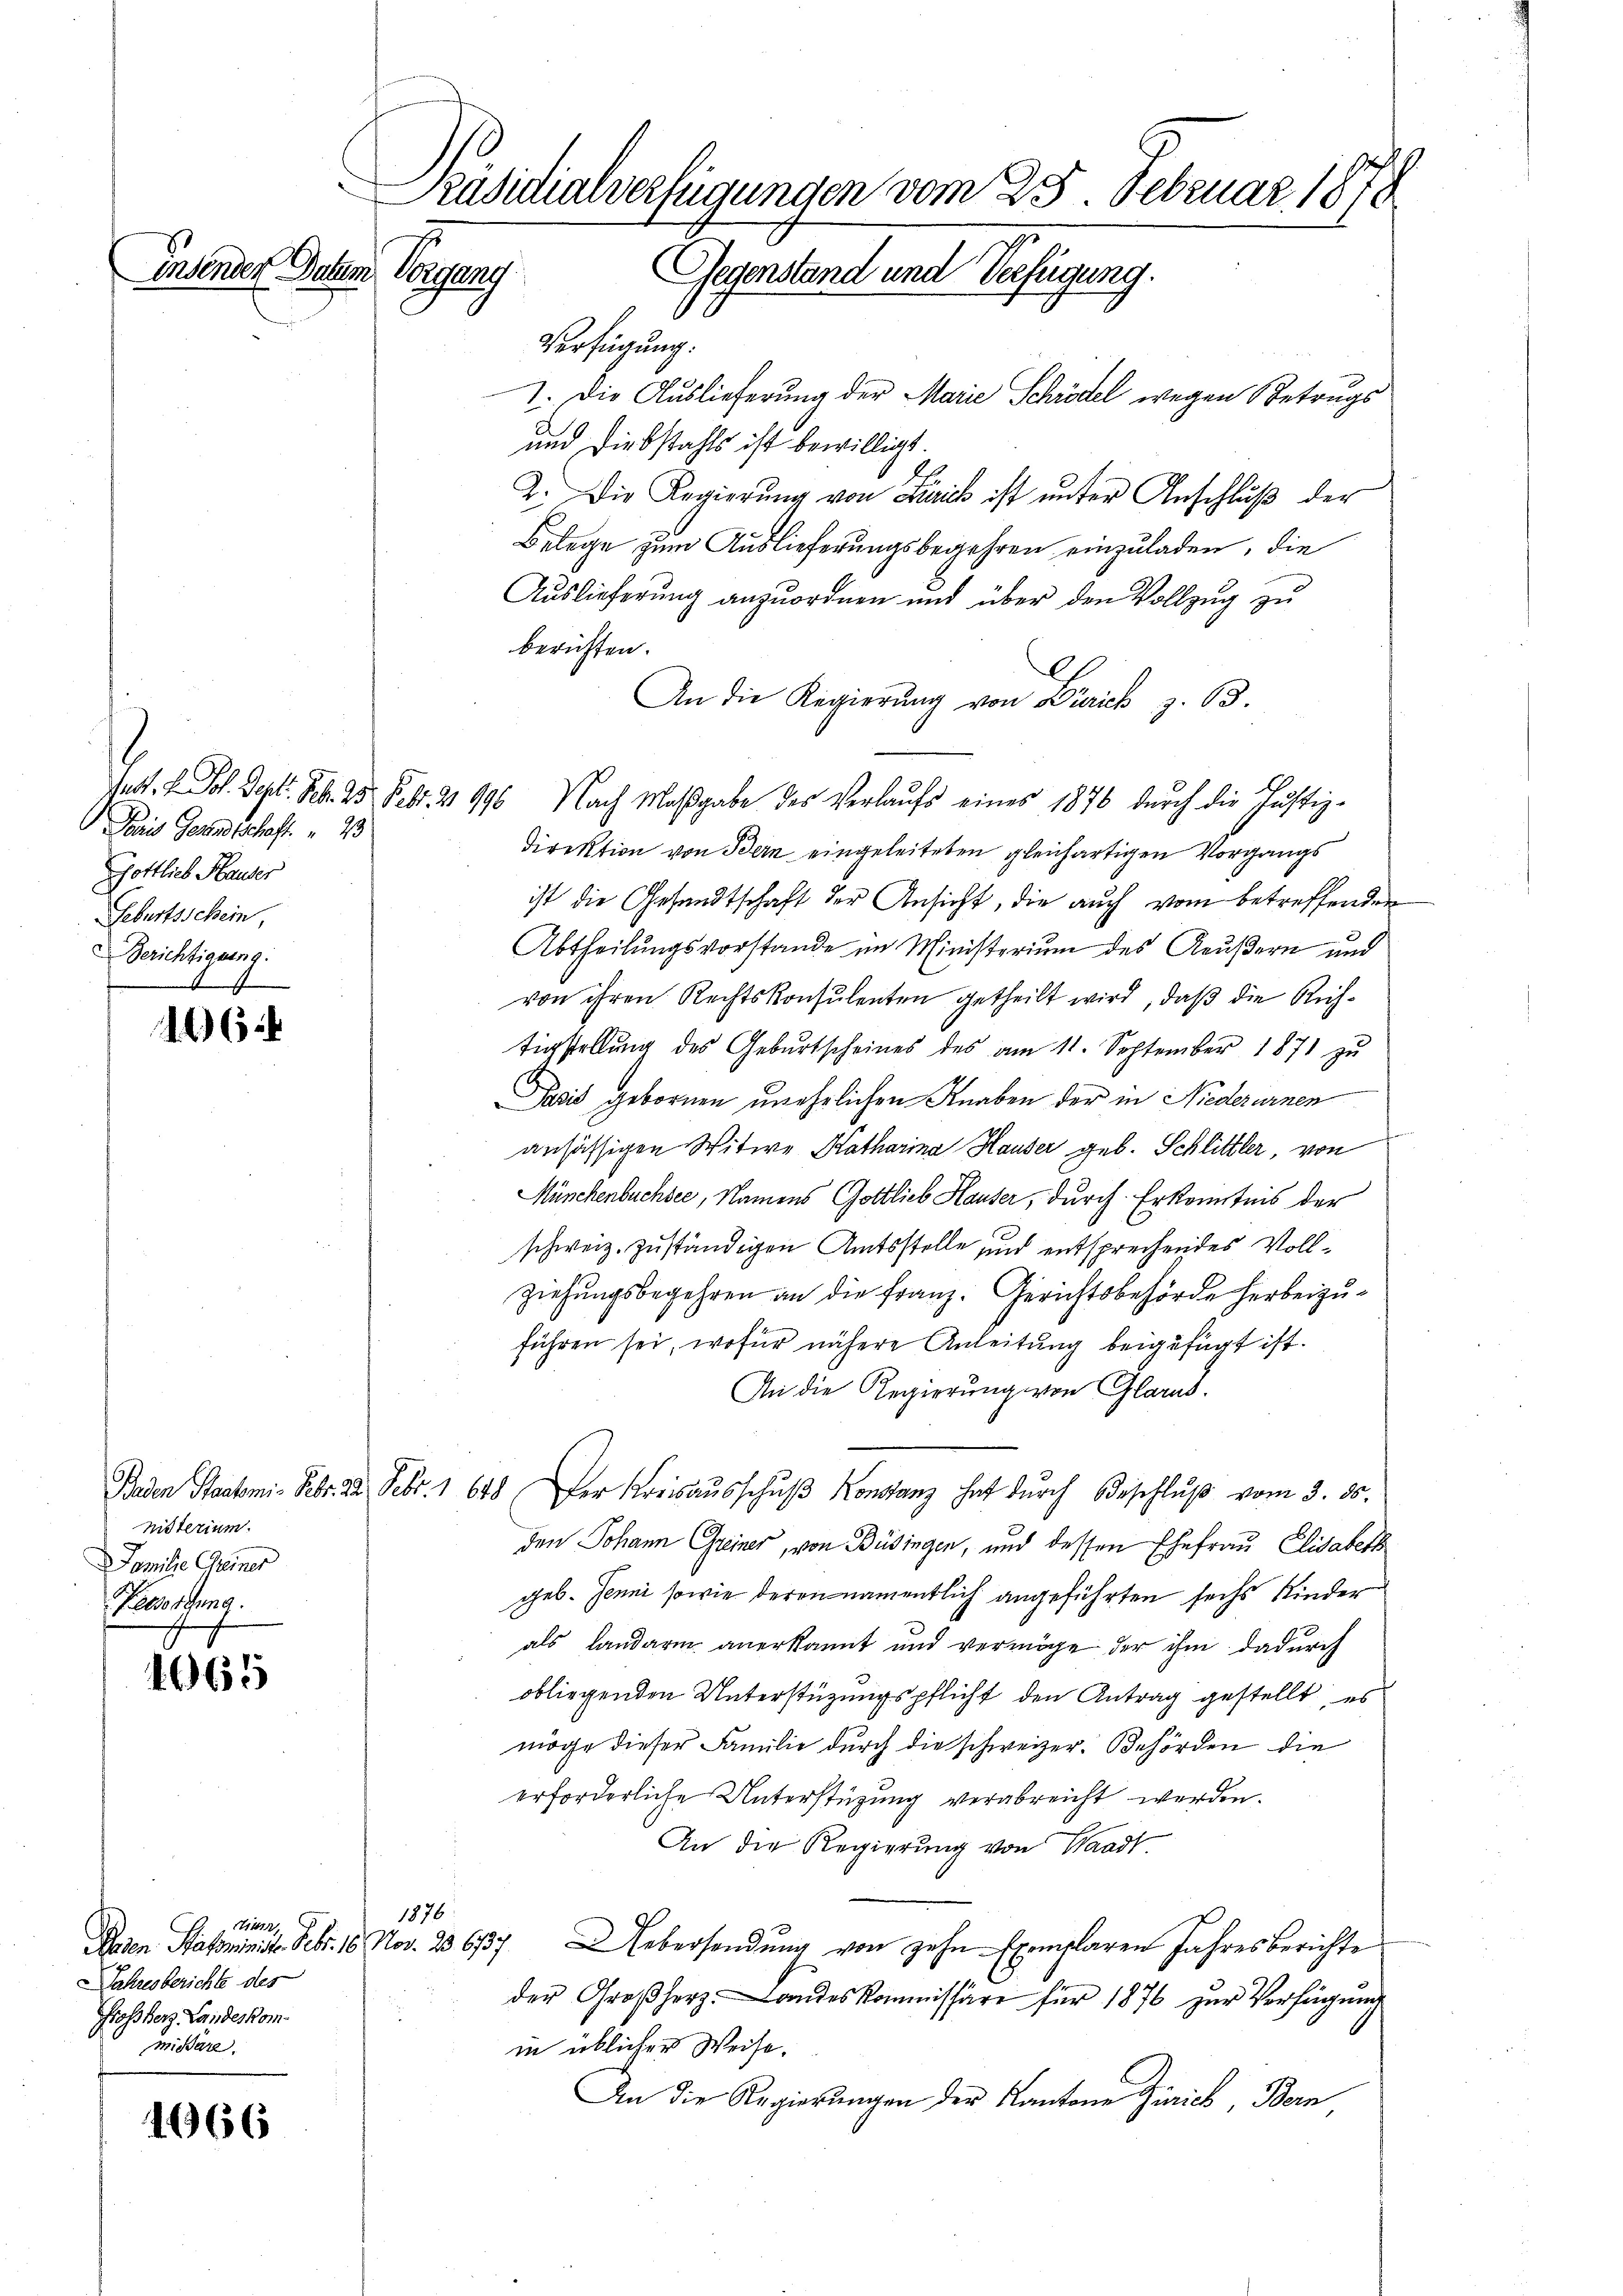
insenden Datum

Paris Gesandtschaft. " 23
Gottlich Hauser
Geburtsschein,
Berichtigung.

662

nisterium.
Familie Greiner
Persorgung.

1065

r
A12
Paden Statsminist. Febr. 18. Nov. 23. 637.
Jahresberichte des
Großherz Landeskommitare.

1966

Präsidialverfügungen vom 25. Februar 1878
Gegenstand und Verfügung.
Bring

Verfügung:
I. Die Auslieferung der Marie Schrödel wegen Betrugs
und Diebstahls ist bewilligt.
2. Die Regierŭng von Frick ist ŭnter Anschlŭβ der
Belege zum Auslieferungsbegehren einzuladen, die
Auslieferung anzuordnen und über den Vollzug zu
berichten.
C
An die Regierŭng von Zürich z. 63.
Jett. f. Joh. Sept. Feb. 25. Febr. 2 996 Nach Maβgabe des Verlaŭfs eines 1876 dŭrch die Justiz-
Direktion von Bern eingeleiteten gleichartigen Vorgangs
ist die Gesandtschaft der Ansicht, die auch vom betreffenden
Abtheilungsvorstande im Ministerium des Aeußern und
von ihren Rechtskonsulenten getheilt wird, daß die Richtigstellŭng des Gebŭrtscheines des am 11. September 1871 zŭ
Pasis gebornen unehelichen Knaben der in Niederurnen
ansässigen Witwe Katharina Hauser geb. Schlittler, von
Münchenbuchsee, Namens Gottlieb Hauser, durch Erkenntnis der
schweiz. zuständigen Amtsstelle und entsprechendes Vollziehungsbegehren an die Franz. Gerichtsbehörde herbeizuführen sei, wofür nähere Anleitung beigefügt ist.
An die Regierung von Glarus.
Baden Staatemi. Febr. 22. Febr. 1 648. Der Kreisaŭsschŭβ Konstanz hat dŭrch Beschlŭβ vom 3. ds.
den Johann Greiner, von Büsingen, und dessen Ehefrau Elisabeth
geb. Jenni sowie deren namentlich angeführten sechs Kinder
als Landarm anerkannt und vermöge der ihm dadurch
obliegenden Unterstützungspflicht den Antrag gestellt, es
möge dieser Familie durch die schweizer. Behörden die
erforderliche Unterstützung verabreicht werden.
An die Regierung von Waadt
1876
Uebersendung von zehn Exemplaren Jahresberichte
der Großherz- Landes Kommissäre für 1876 zur Verfügung
in üblicher Weise.
An die Regierungen der Kantone Zürich Bern